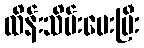
ထိန်းသိမ်းပေးပြီး